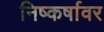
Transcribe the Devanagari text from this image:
निष्कर्षावर